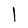
Character: l